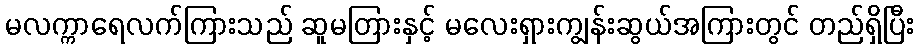
မလက္ကာရေလက်ကြားသည် ဆူမတြားနှင့် မလေးရှားကျွန်းဆွယ်အကြားတွင် တည်ရှိပြီး